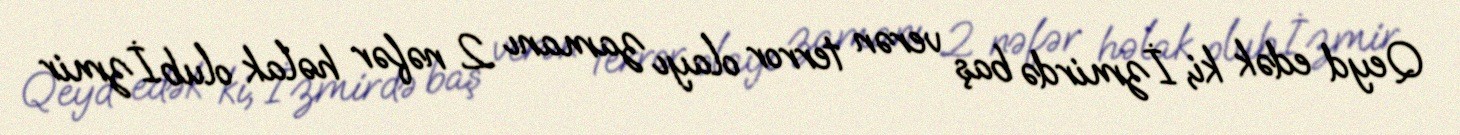
Qeyd edək ki, İzmirdə baş verən terror olayı zamanı 2 nəfər həlak olub.İzmir